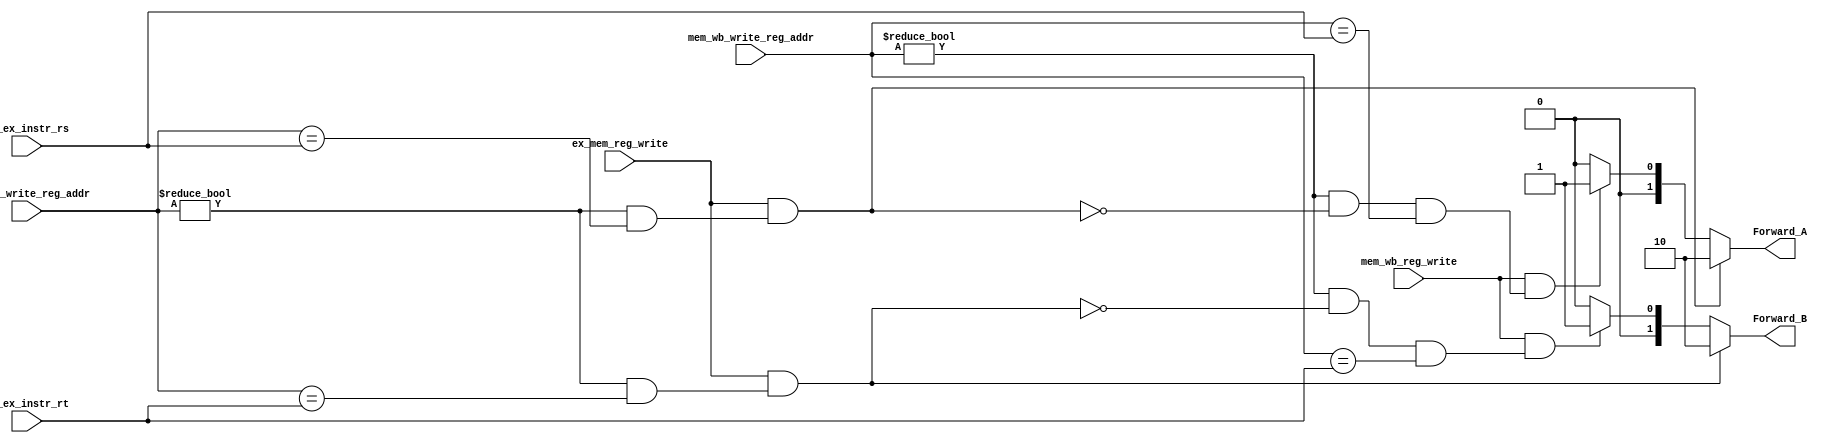
`timescale 1ns / 1ps


module EX_Forwarding_unit(
    input ex_mem_reg_write,
    input [4:0] ex_mem_write_reg_addr,
    input [4:0] id_ex_instr_rs,
    input [4:0] id_ex_instr_rt,
    input mem_wb_reg_write,
    input [4:0] mem_wb_write_reg_addr,
    output reg [1:0] Forward_A,
    output reg [1:0] Forward_B
    );
    
    always @(*)  
    begin
	// Calculate the values of Forward_A and Forward_B
	if ((ex_mem_reg_write) && (ex_mem_write_reg_addr != 4'b0) & (ex_mem_write_reg_addr == id_ex_instr_rs))
	   Forward_A = 2'b10;
	// Forward_B = 2'b00; // is this followed by default 
	else if ((mem_wb_reg_write) && (mem_wb_write_reg_addr != 4'b0) & ~((ex_mem_reg_write) && (ex_mem_write_reg_addr != 4'b0) & (ex_mem_write_reg_addr == id_ex_instr_rs)) & (mem_wb_write_reg_addr == id_ex_instr_rs))
	   Forward_A = 2'b01;
	else
	   Forward_A = 2'b00;
	
	if ((ex_mem_reg_write) && (ex_mem_write_reg_addr != 4'b0) & (ex_mem_write_reg_addr == id_ex_instr_rt))
	   Forward_B = 2'b10; 
	else if ((mem_wb_reg_write) && (mem_wb_write_reg_addr != 4'b0) & ~((ex_mem_reg_write) && (ex_mem_write_reg_addr != 4'b0) & (ex_mem_write_reg_addr == id_ex_instr_rt)) & (mem_wb_write_reg_addr == id_ex_instr_rt))
	   Forward_B = 2'b01;
	else
	   Forward_B = 2'b00; 

end
endmodule